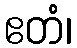
ဧတံ၊